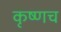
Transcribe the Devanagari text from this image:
कृष्णच